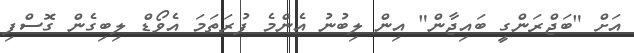
އަށް "ބަޖްރަންގީ ބައިޖާން" އިން ލިބުނު އެންމެ ފުރަތަމަ އެވޯޑް ލިބިގެން ގޮސްފި